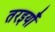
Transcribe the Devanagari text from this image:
तरइयाँ